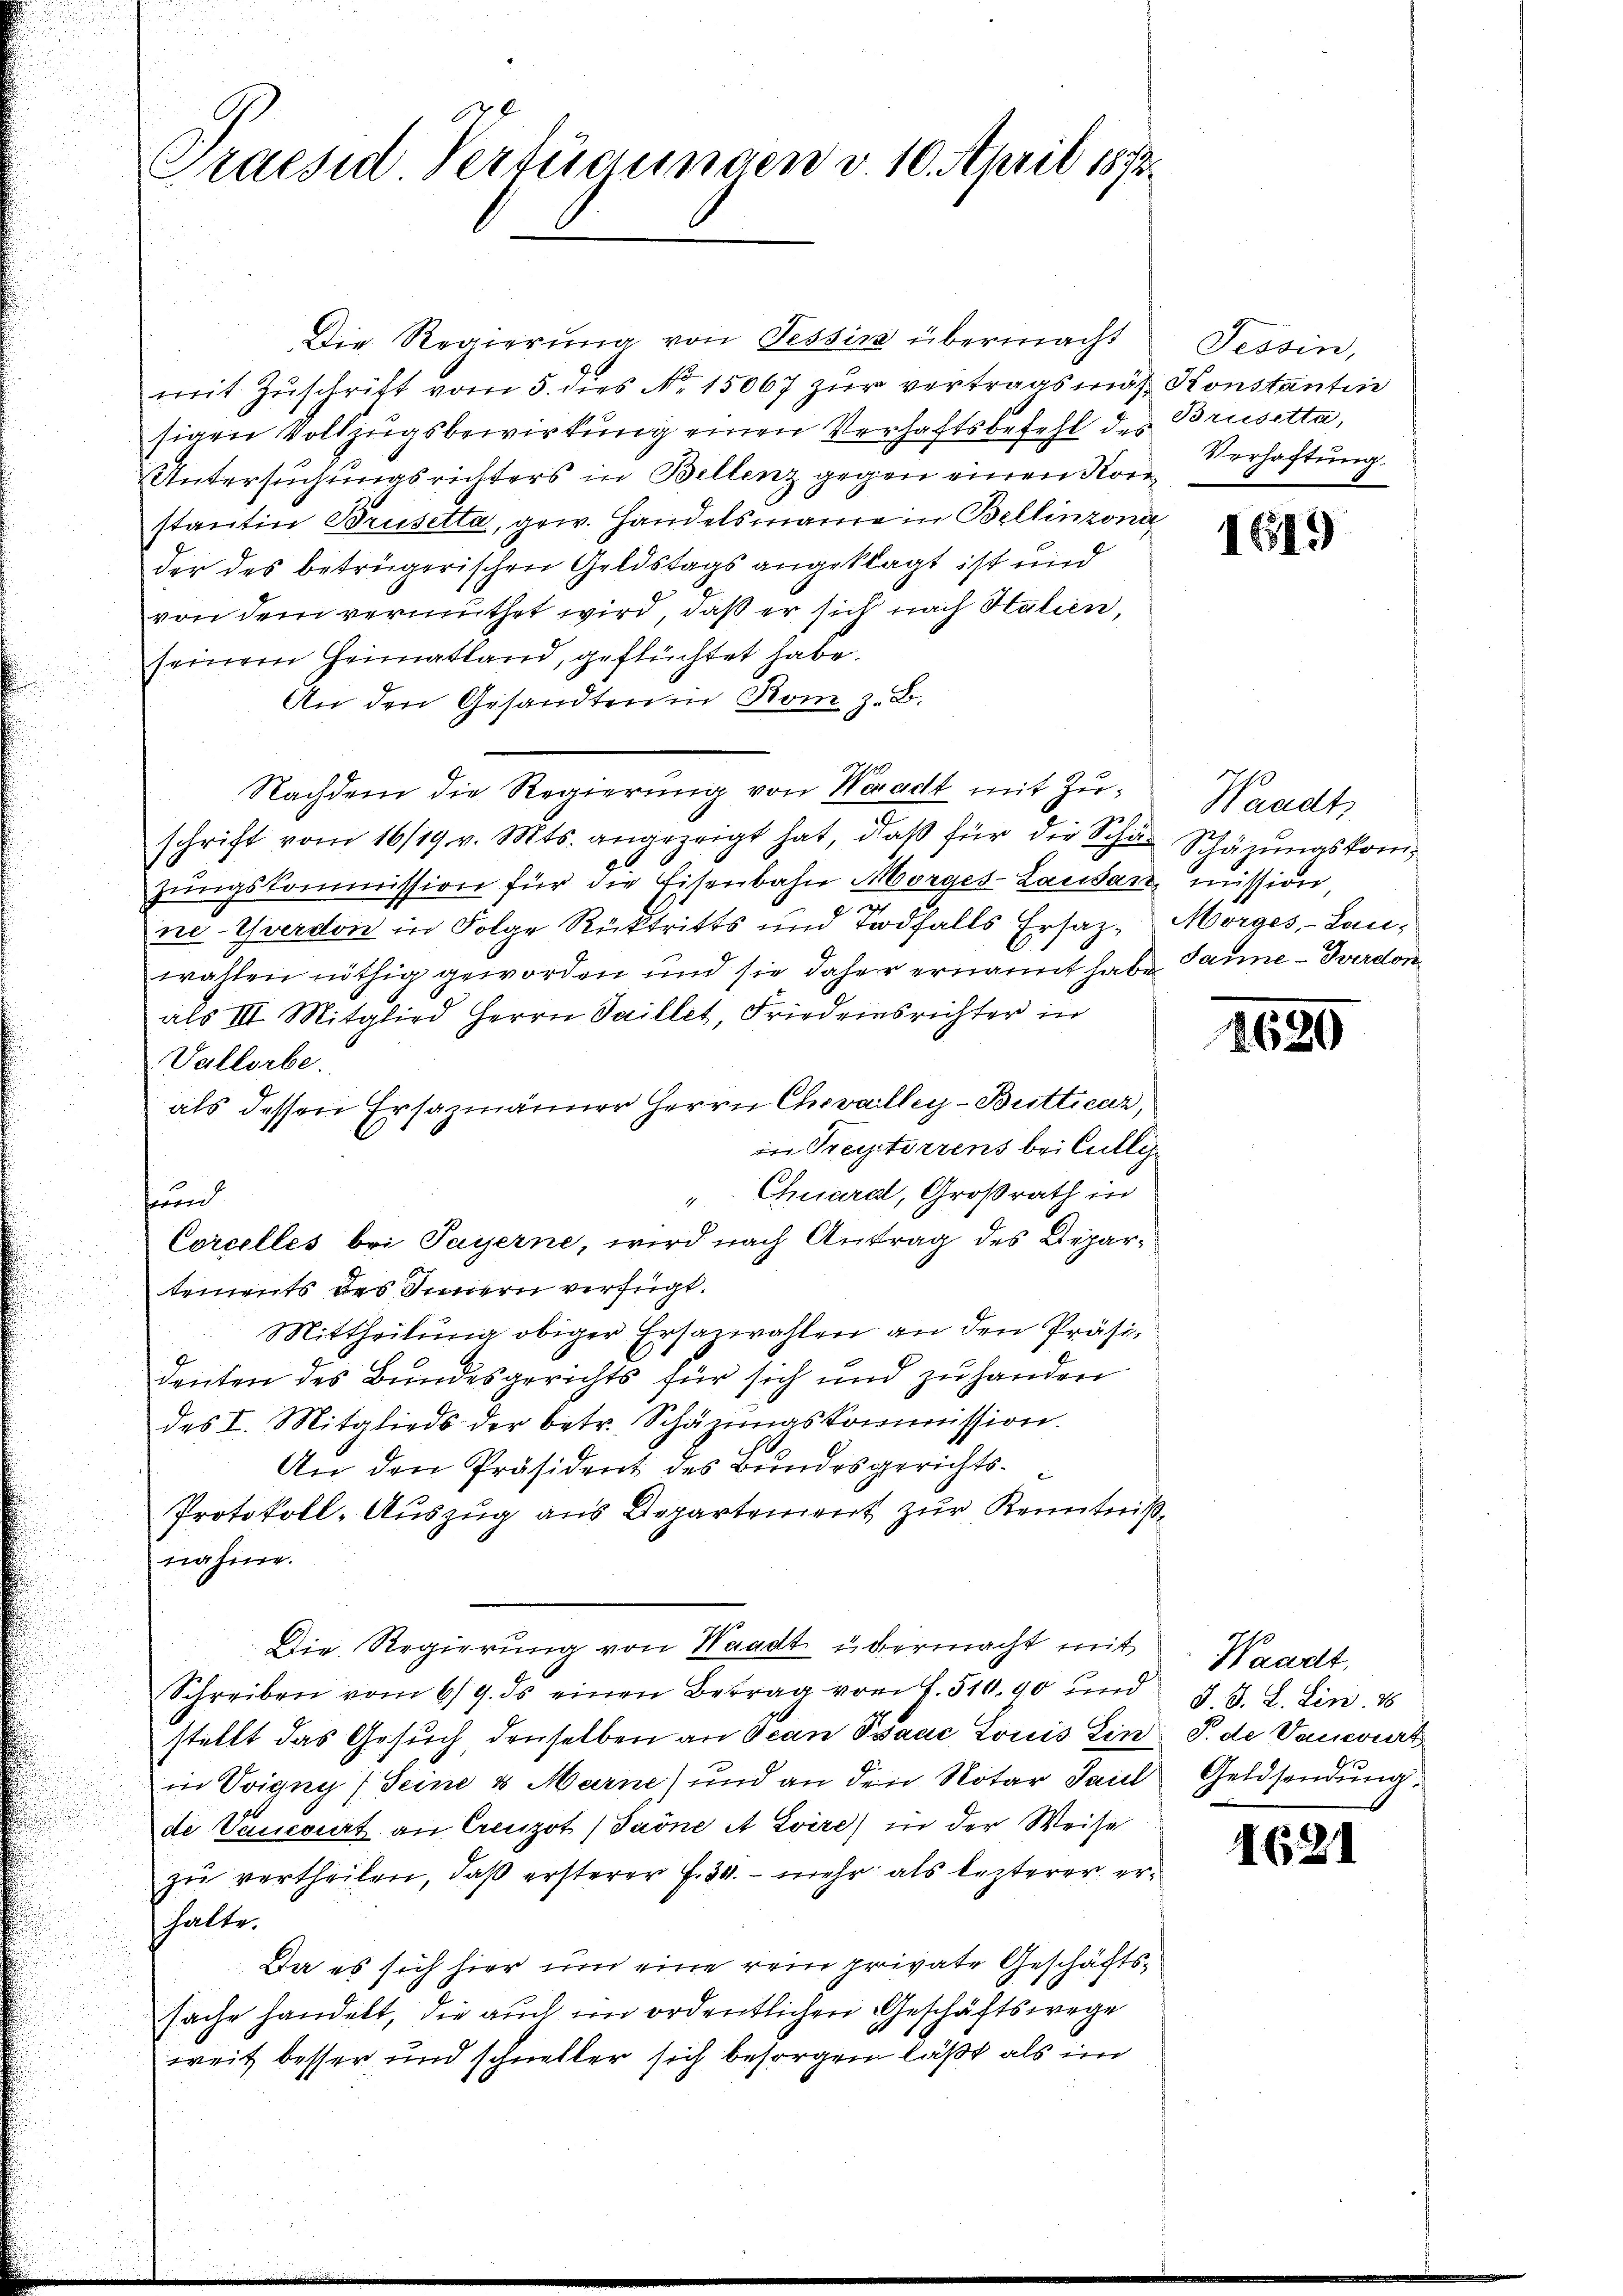
.
Praesid Vertierungen v. 10. April 1872.

Die Regierung von Tessin übermacht
mit Zuschrift vom 5. dies No. 15067 zur vertragsmas Konstantin
sigen Vollzugsbewirkung einen Verhaftsbefehl des Brustta,
Untersuchungsrichters in Bellenz gegen einen Korstantin Brusetta, gew. Handelsmanne in Bellinzona
der des betrügerischen Geldstags angeklagt ist und
von dem vermuthet wird, daß er sich nach Stalien,
seinem Heimatland, geflüchtet habe.
An den Gesandten in Rom z. B.
Nachdem die Regierung von Waadt mit Zuschrift vom 16/19. v. Mts. angezeigt hat, daß für die Schär Schäzungskomzungskommission für die Eisenbahn Morges-Lausan
n
ne- Yverdon in Folge Rücktritts und Todfalls Ersatz, Morges, - Lanwahlen nöthig geworden und sie daher ernannt habe Jaune - verdon
als III. Mitglied Herrn Saillet, Friedensrichter in
Vallorbe.
als dessen Ersazmänner Herrn Chevalley-Butticar,
in Preisterrens bei Cully
"Chiaral, Großrath in
hund
Corcelles bei Payerne, wird nach Antrag des Departements des Innern verfügt.
Mittheilung obiger Ersazwahlen an den Präsidenten des Bundesgerichts für sich und zu handen
des I. Mitglieds der betr. Schäzŭngskommission.
A.
An den Präsident des Bundesgerichts¬
Protokoll-Auszug aus Departement zur Kenntniß
nahme.
Die Regierung von Waadt übermacht mit
Schreiben vom 6/9. ds einen Betrag vor L. 510.90 und
stellt das Gesuch denselben an Jean Paac Louis Ein P. de Vauwurt
in Voigny (Seine u Marne) und an den Notar Paul Geldsendung,
de Vaucorirt an Creuzot (Jaöne A Evire) in der Weise
zŭ vertheilen, daβ ersterer f. 34. mehr als lezterer er-
shalte.
Da es sich hier um eine rein private Geschäftssache handelt, die auch im ordentlichen Geschäftswege
weit besser und schneller sich besorgen läßt als im

Tessin,
Verhaftung.

1619

Waadt
mission

1680

Waadt
J. J. L. Lin. 18

I 21